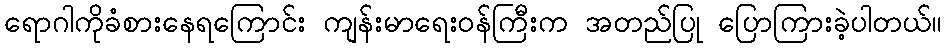
ရောဂါကိုခံစားနေရကြောင်း ကျန်းမာရေးဝန်ကြီးက အတည်ပြု ပြောကြားခဲ့ပါတယ်။